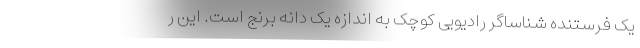
یک فرستنده شناساگر رادیویی کوچک به اندازه یک دانه برنج است. این ر